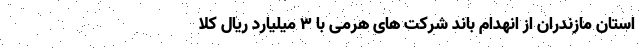
استان مازندران از انهدام باند شرکت های هرمی با ۳ میلیارد ریال کلا